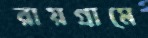
রায়গ্রামে